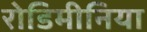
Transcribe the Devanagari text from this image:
रोडिमीनिया